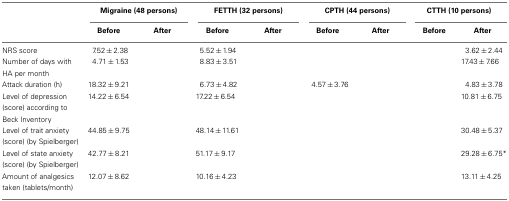
<table><thead><tr><td>[EMPTY_CELL]</td><td colspan="2"><b>Migraine (48 persons)</b></td><td colspan="2"><b>FETTH (32 persons)</b></td><td colspan="2"><b>CPTH (44 persons)</b></td><td colspan="2"><b>CTTH (10 persons)</b></td></tr><tr><td>[EMPTY_CELL]</td><td><b>Before</b></td><td><b>After</b></td><td><b>Before</b></td><td><b>After</b></td><td><b>Before</b></td><td><b>After</b></td><td><b>Before</b></td><td><b>After</b></td></tr></thead><tbody><tr><td>NRS score</td><td>7.52 ± 2.38</td><td>[EMPTY_CELL]</td><td>5.52 ± 1.94</td><td>[EMPTY_CELL]</td><td>[EMPTY_CELL]</td><td>[EMPTY_CELL]</td><td>[EMPTY_CELL]</td><td>3.62 ± 2.44</td></tr><tr><td>Number of days with HA per month</td><td>4.71 ± 1.53</td><td>[EMPTY_CELL]</td><td>8.83 ± 3.51</td><td>[EMPTY_CELL]</td><td>[EMPTY_CELL]</td><td>[EMPTY_CELL]</td><td>[EMPTY_CELL]</td><td>17.43 ± 7.66</td></tr><tr><td>Attack duration (h)</td><td>18.32 ± 9.21</td><td>[EMPTY_CELL]</td><td>6.73 ± 4.82</td><td>[EMPTY_CELL]</td><td>4.57 ± 3.76</td><td>[EMPTY_CELL]</td><td>[EMPTY_CELL]</td><td>4.83 ± 3.78</td></tr><tr><td>Level of depression (score) according to Beck Inventory</td><td>14.22 ± 6.54</td><td>[EMPTY_CELL]</td><td>17.22 ± 6.54</td><td>[EMPTY_CELL]</td><td>[EMPTY_CELL]</td><td>[EMPTY_CELL]</td><td>[EMPTY_CELL]</td><td>10.81 ± 6.75</td></tr><tr><td>Level of trait anxiety (score) (by Spielberger)</td><td>44.85 ± 9.75</td><td>[EMPTY_CELL]</td><td>48.14 ± 11.61</td><td>[EMPTY_CELL]</td><td>[EMPTY_CELL]</td><td>[EMPTY_CELL]</td><td>[EMPTY_CELL]</td><td>30.48 ± 5.37</td></tr><tr><td>Level of state anxiety (score) (by Spielberger)</td><td>42.77 ± 8.21</td><td>[EMPTY_CELL]</td><td>51.17 ± 9.17</td><td>[EMPTY_CELL]</td><td>[EMPTY_CELL]</td><td>[EMPTY_CELL]</td><td>[EMPTY_CELL]</td><td>29.28 ± 6.75*</td></tr><tr><td>Amount of analgesics taken (tablets/month)</td><td>12.07 ± 8.62</td><td>[EMPTY_CELL]</td><td>10.16 ± 4.23</td><td>[EMPTY_CELL]</td><td>[EMPTY_CELL]</td><td>[EMPTY_CELL]</td><td>[EMPTY_CELL]</td><td>13.11 ± 4.25</td></tr></tbody></table>